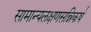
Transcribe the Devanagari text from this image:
सामान्यलक्षणसन्निकर्ष